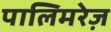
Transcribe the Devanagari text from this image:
पालिमरेज़